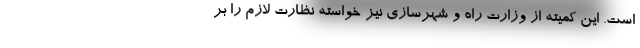
است. این کمیته از وزارت راه و شهرسازی نیز خواسته نظارت لازم را بر